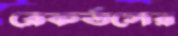
রেকর্ডসের